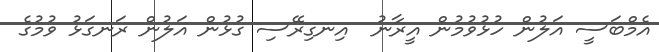
އެމްބަސީ އަލުން ހުޅުވުމުން އީރާނު  އިނގިރޭސި ގުޅުން އަލުން ރަނގަޅު ވުމުގެ